Report on horse surra - Volume II, Part II
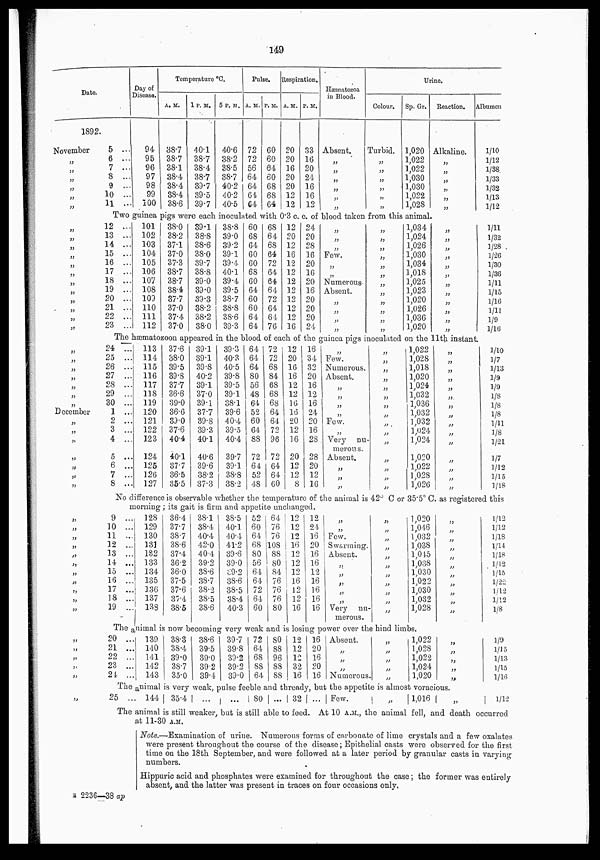
149
Date.
1892.
November
„
„
„
„
„
„
„
„
„
„
„
„
„
„
„
„
„
„
„
„
„
„
„
„
„
„
December
„
„
„
„
„
„
„
„
„
„
„
„
„
„
„
„
„
„
„
„
„
„
„
„
„
„
„
„
„
„
Day of
Disease.
5 ...
6 ...
7 ...
8 ...
9 ...
10 ...
11 ...
94
95
96
97
98
99
100
Two guinea
12 ...
13 ...
14 ...
15 ...
16 ...
17 ...
18 ...
19 ...
20 ...
21 ...
22 ...
23 ...
101
102
103
104
105
106
107
108
109
110
111
112
Temperature °C.
A. M.
38.7
38.7
38.1
38.4
38.4
38.4
38.6
1 P.M.
40.1
38.7
38.4
38.7
39.7
39.5
39.7
5 P. M.
40.6
38.2
38.5
38.7
40.2
40.2
40.5
Pulse.
A. M.
72
72
56
64
64
64
64
P.M.
60
60
64
60
68
68
64
Respiration.
A.M.
20
20
16
20
20
12
12
P. M.
33
16
20
24
16
16
12
Hæmatozoa
in Blood.
Absent.
„
„
„
„
„
„
Colour.
Trurbid.
„
„
„
„
„
„
Urine.
Sp. Gr.
1,020
1,022
1,022
1,030
1,030
1,022
1,028
Reaction.
Alkaline.
„
„
„
„
„
„
Albumen.
1/10
1/12
1/38
1/33
1/32
1/13
1/12
Pigs were each inoculated with 0.3 c. c. of blood taken from this animal.
38.0
38.2
37.1
37.0
37.3
38.7
38.7
38.4
37.7
37.0
37.4
37.0
39.1
38.8
38.6
38.0
39.7
38.8
39.0
39.0
39.3
38.2
38.2
38.0
38.8
39.0
39.2
39.1
39.4
40.1
39.4
39.5
38.7
38.8
38.6
39.3
60
68
64
60
60
68
60
64
60
60
64
64
68
64
68
64
72
64
64
64
72
64
64
76
12
20
12
16
12
12
12
12
12
12
12
16
24
20
28
16
20
16
20
16
20
20
20
24
„
„
„
Few.
„
„
Numerous-
Absent.
„
„
„
„
„
„
„
„
„
„
„
„
„
„
„
„
1,034
1,024
1,026
1,030
1,034
1,018
1,025
1,023
1,020
1,026
1,036
1,020
„
„
„
„
„
„
„
„
„
„
„
„
1/11
1/32
1/28
1/26
1/30
1/36
1/11
1/15
1/16
1/11
1/9
1/16
The hæmatozoon appeared in the blood of each of the guinea pigs inoculated on the 11th instant.
24 ...
25 ...
26 ...
27 ...
28 ...
29 ...
30 ...
1 ...
2 ...
3 ...
4 ...
5 ...
6 ...
7 ...
8 ...
113
114
115
116
117
118
119
120
121
122
123
124
125
126
127
37.6
38.0
39.5
39.8
37.7
36.6
39.0
36.6
39.0
37.6
40.4
40.1
37.7
36.5
35.5
39.1
39.1
39.8
40.2
39.1
37.0
39.1
37.7
39.8
39.3
40.1
40.6
39.6
38.2
37.3
39.3
40.3
40.5
39.8
39.5
39.1
38.1
39.6
40.4
39.5
40.4
39.7
39.1
38.8
38.2
64
64
64
80
56
48
64
52
60
64
88
72
64
52
48
72
72
68
84
68
68
68
64
64
72
96
72
64
64
60
12
20
16
16
12
12
16
16
20
12
16
20
12
12
8
16
34
32
20
16
12
16
24
20
16
28
28
20
12
16
„
Few.
Numerous.
Absent,
„
„
„
„
Few.
„
Very nu-
merous.
Absent.
„
„
„
„
„
„
„
„
„
„
„
„
„
„
„
„
„
„
1,022
1,028
1,018
1,020
1,024
1,032
1,036
1,032
1,032
1,024
1,024
1,020
1,022
1,028
1,026
„
„
„
„
„
„
„
„
„
„
„
„
„
„
„
1/10
1/7
1/13
1/9
1/9
⅛
⅛
⅛
1/11
⅛
1/21
1/7
1/12
1/15
1/18
No difference is observable whether the temperature of the animal is 42° C or 35.5° C. as registered this
morning ; its gait is firm and appetite unchanged.
9 ...
10 ...
11 ...
12 ...
13 ...
14 ...
15 ...
16 ...
17 ...
18 ...
19 ...
128
129
130
131
132
133
134
135
136
137
138
36.4
37.7
38.7
38.6
37.4
36.2
36.0
37.5
37.6
37.4
38.5
38.1
38.4
40.4
42.0
40.4
39.2
38.6
38.7
38.2
38.5
38.6
38.5
40.1
40.4
41.2
39.6
39.0
39.2
38.6
38.5
38.4
40.3
52
60
64
68
80
56
64
64
72
64
60
64
76
76
108
88
80
84
76
76
76
80
12
12
12
16
12
12
12
16
12
12
16
12
24
16
20
16
16
12
16
16
16
16
„
„
Few.
Swarming
Absent.
„
„
„
„
„
Very nu-
merous.
„
„
„
„
„
„
„
„
„
„
„
1,020
1,046
1,032
1,038
1,045
1,038
1,030
1,022
1,030
1,032
1,028
„
„
„
„
„
„
„
„
„
„
„
1/12
1/12
1/18
1/14
1/18
1/12
1/15
1/22
1/12
1/12
⅛
The animal is now becoming very weak and is losing power over the hind limbs.
20 ...
21 ...
22 ...
23 ...
24 ...
139
140
141
142
143
38.3
38.4
39.0
38.7
35.0
38.6
39.5
39.0
392
39.4
39.7
39.8
39.2
39.2
39.0
72
64
68
88
64
80
88
96
88
88
12
12
12
32
16
16
20
16
20
16
Absent.
„
„
„
Numerous
„
„
„
„
„
1,022
1,028
1,022
1,024
1,020
„
„
„
„
„
1/9
1/15
1/13
1/15
1/16
The animal is very weak, pulse feeble and thready, but the appetite is almost voracious.
25 ... 144 35.4
... ...
80 ... 32 ... Few.
„
1,016
„
1/12
The animal is still weaker, but is still able to feed. At 10 A.M., the animal fell, and death occurred
at 11-30 A.M.
Note.—Examination of urine. Numerous forms of carbonate of lime crystals and a few oxalates
were present throughout the course of the disease ; Epithelial casts were observed for the first
time on the 18th September, and were followed at a later period by granular casts in varying
numbers.
Hippuric acid and phosphates were examined for throughout the case ; the former was entirely
absent, and the latter was present in traces on four occasions only.
2236—38 ap